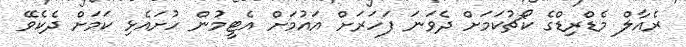
ރެއާލް މެޑްރިޑްގެ ކޯޗުކަމަށް ދެވަނަ ފަހަރަށް އައުމަށް އެޓީމުން ހުށައެޅި ކަމަށް ދެކެވޭ